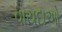
વાયદાઓ